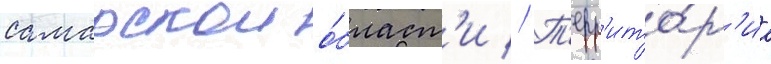
самарскои о́бласт'и // Т'ерр'ито́р'иа